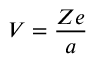
V = { \frac { Z e } { a } } \,